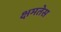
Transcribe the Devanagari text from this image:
क्षमतेस